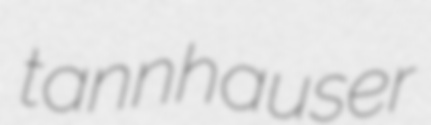
tannhauser